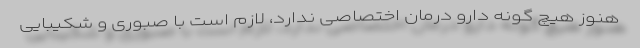
هنوز هیچ گونه دارو درمان اختصاصی ندارد، لازم است با صبوری و شکیبایی